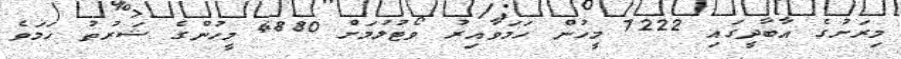
މިރަށުގެ އާބާދީގައި 7222 މީހުން ހަމަވާއިރު ވޯޓުލުމަށް 4880 މީހުންގެ ޝަރުތު ހަމަވެ